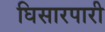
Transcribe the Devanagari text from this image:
घिसारपारी